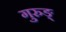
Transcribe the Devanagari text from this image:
गुरुङ्